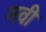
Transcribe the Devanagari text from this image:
गवी